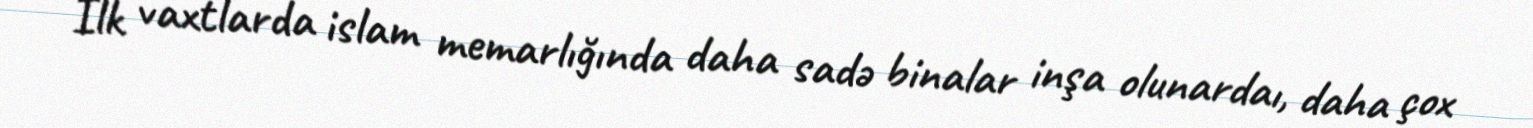
İlk vaxtlarda islam memarlığında daha sadə binalar inşa olunardaı, daha çox